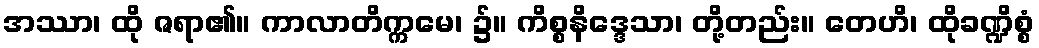
အဿာ၊ ထို ဇရာ၏။ ကာလာတိက္ကမေ၊ ၌။ ကိစ္စနိဒ္ဒေသာ၊ တို့တည်း။ တေဟိ၊ ထိုခဏ္ဍိစ္စံ